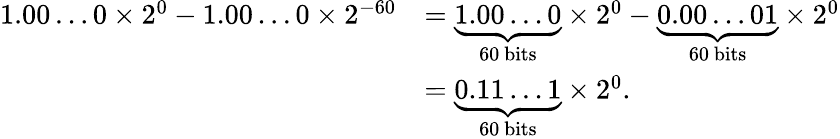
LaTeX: {\begin{array}{rl}{1.00\ldots 0\times 2^{0}-1.00\ldots 0\times 2^{-60}}&{=\underbrace{1.00\ldots 0}_{\mathrm{60~bits}}\times 2^{0}-\underbrace{0.00\ldots 01}_{\mathrm{60~bits}}\times 2^{0}}\\ &{=\underbrace{0.11\ldots 1}_{\mathrm{60~bits}}\times 2^{0}.}\end{array}}